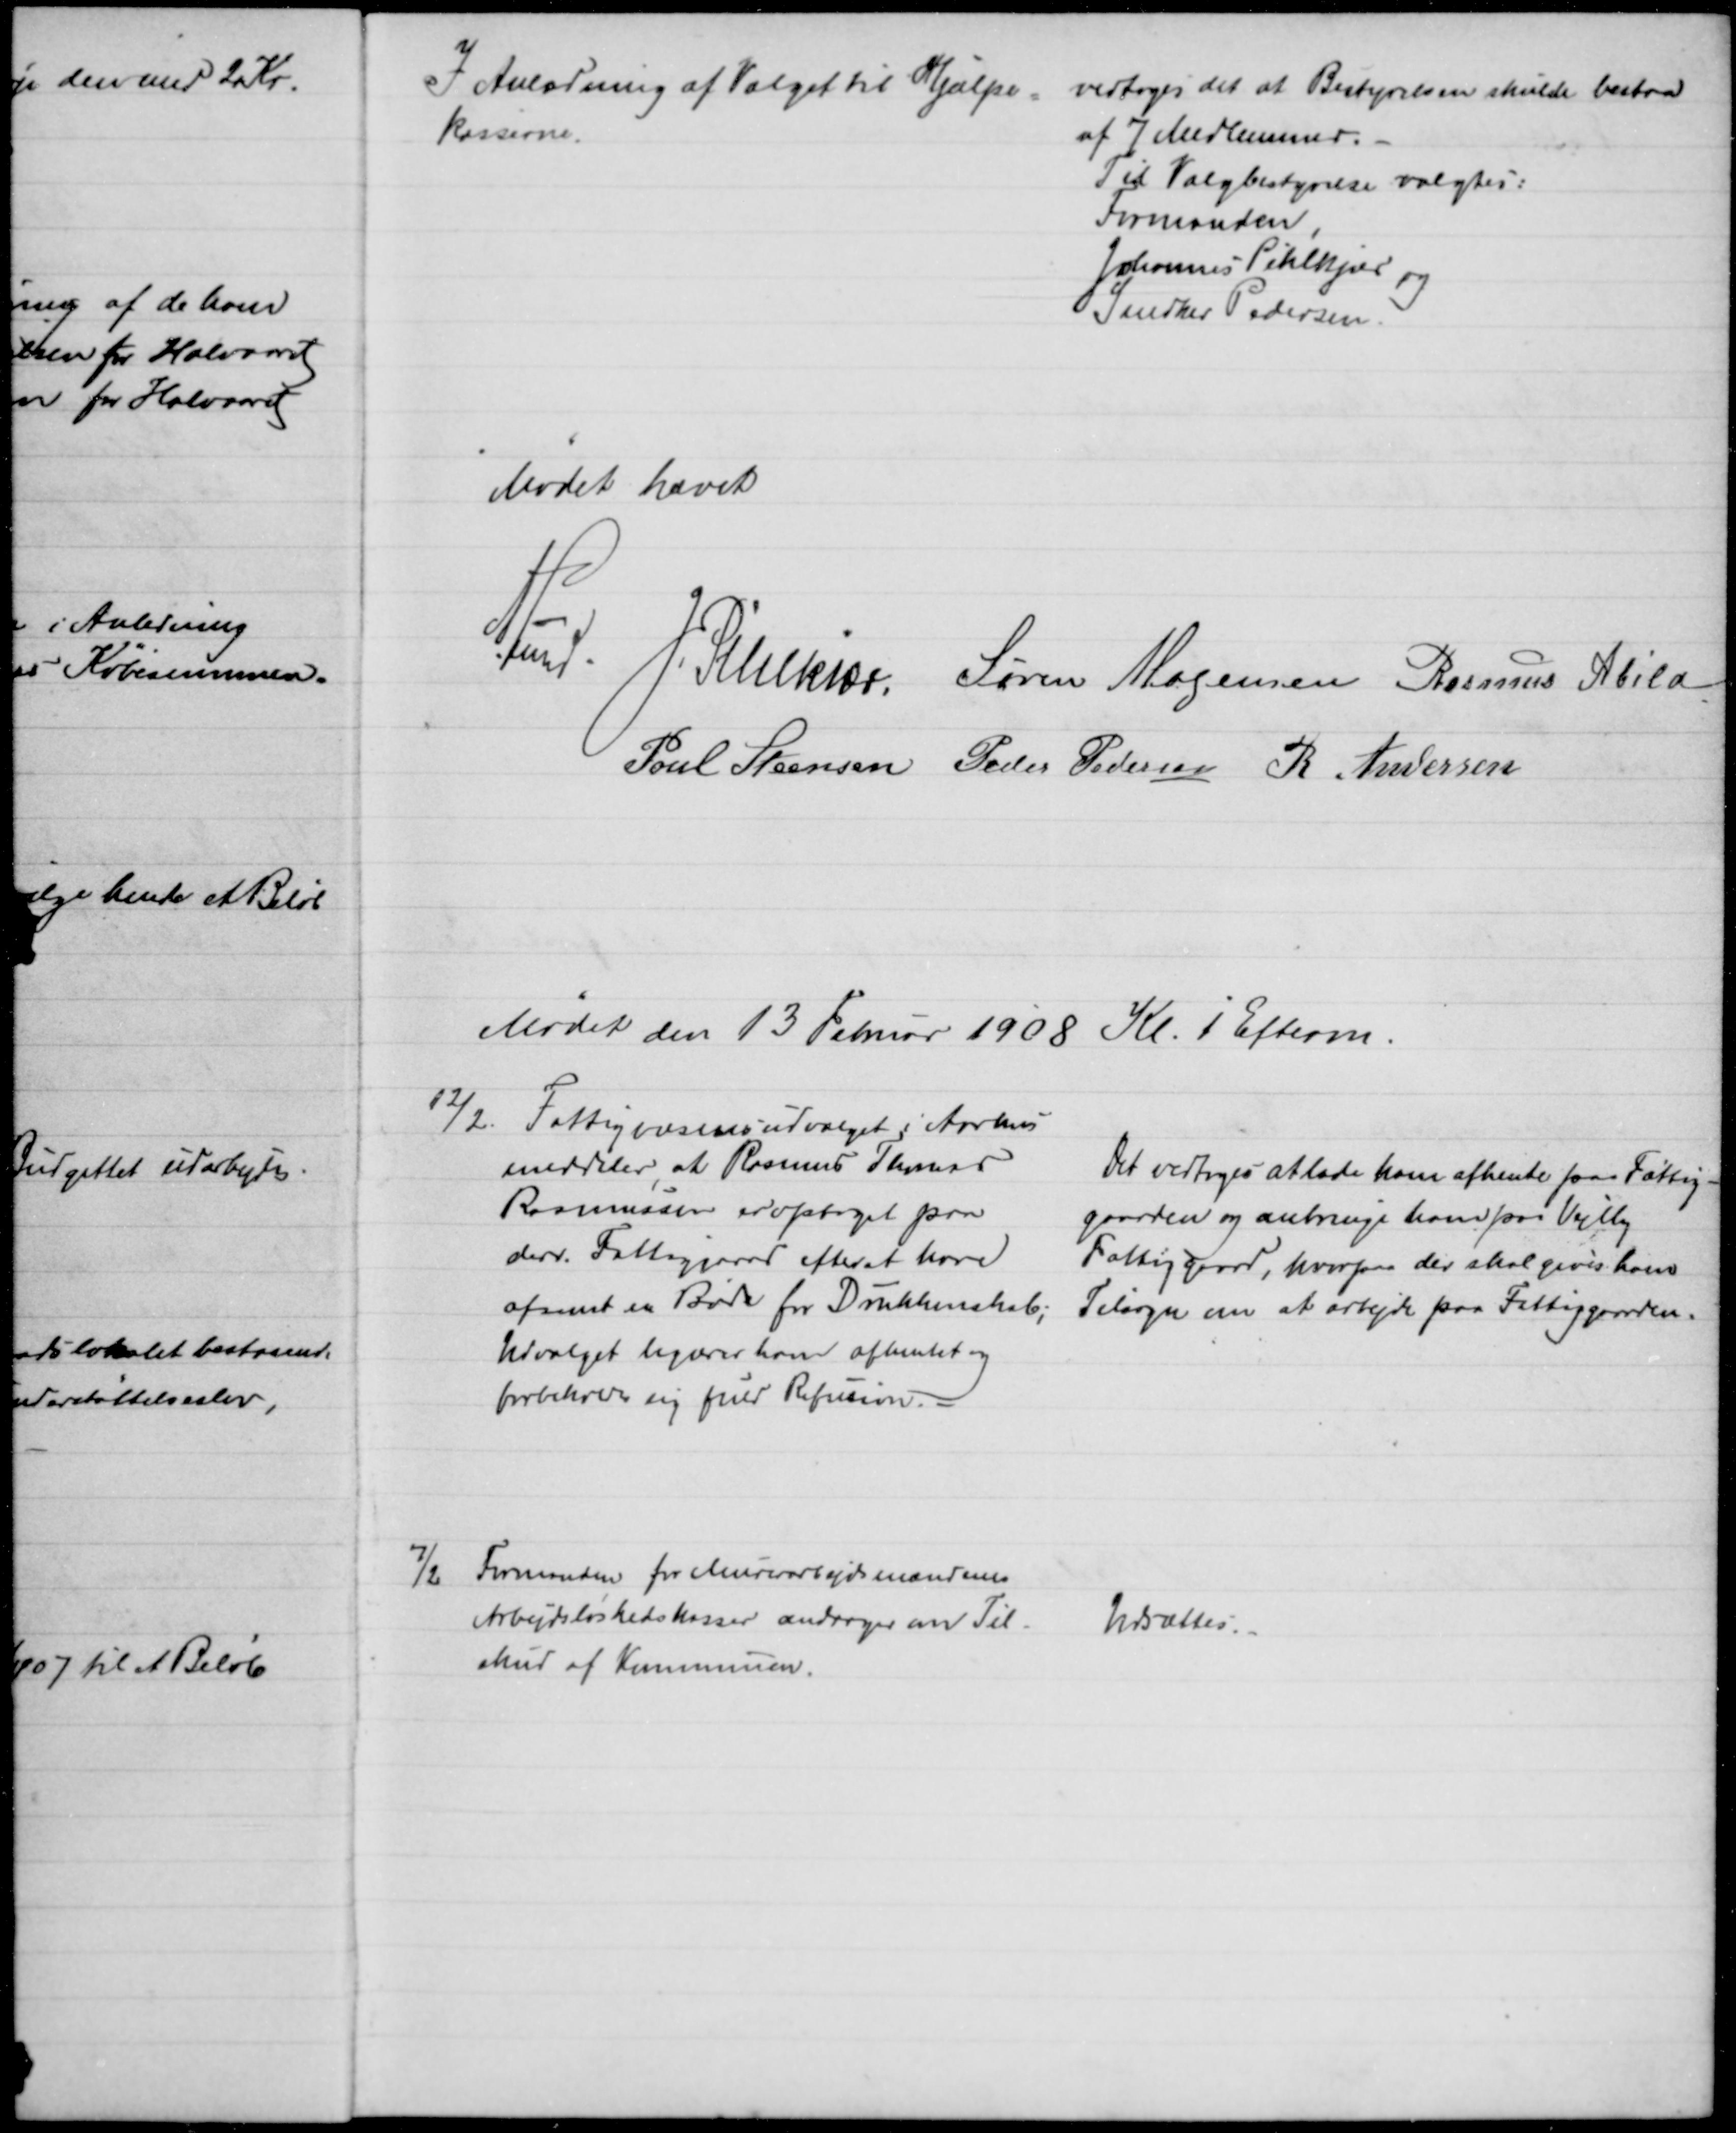
Transskription:
I Anledning af Valget til Hjælpe=
kasserne.
vedtoges det at Bestyrelsen skulde bestaa
af 7 Medlemmer.
Til Valgbestyrelse valgtes:
Formanden,
Johannes Pihlkjær og
Snedker Pedersen.
Mødet hævet
A. Lund. J. Pihlkjær. Søren Mogensen Rasmus Abild
Poul Steensen
Peder Pedersen R. Andersen
Mødet den 13 Februar 1908 Kl. 1 Efterm.
12/2. Fattigvæsensudvalget i Aarhus
meddeler at Rasmus Thomas
Rasmussen er optaget paa
derv. Fattiggaard efterat have
afsonet en Bøde for Drukkenskab,
Udvalget begærer ham afhentet og
forbeholder sig fuld Refusion.
Det vedtoges at lade ham afhente paa Fattig-
gaarden og anbringe ham paa Vejlby
Fattiggard, hvorpaa der skal gives ham
Tilsagn om at arbejde paa Fattiggaarden.
7/2 Formanden for Murerarbejdsmændenes
Arbejdsløshedskasser andrager om Til-
skud af Kommunen.
Udsættes.